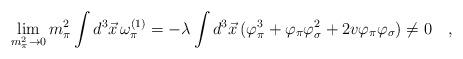
LaTeX: \begin{align*}\lim_{m_{\pi}^2\rightarrow 0} m_{\pi}^2\int d^3 \vec{x}\,\omega_{\pi}^{(1)}=-\lambda\int d^3 \vec{x}\, (\varphi_{\pi}^3+\varphi_{\pi}\varphi_{\sigma}^2+2v\varphi_{\pi}\varphi_{\sigma})\ne 0\quad, \end{align*}